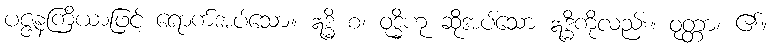
ပဇ္ဇနကြိယာဖြင့် ရောက်အပ်သော။ ဣဒ္ဓိ စ၊ ဝုဒ္ဓိဟု ဆိုအပ်သော ဣဒ္ဓိကိုလည်း။ ဝုတ္တာ၊ ၏။